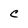
Character: c